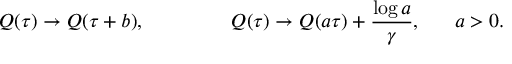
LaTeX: Q ( \tau ) \rightarrow Q ( \tau + b ) , ~ ~ ~ ~ ~ ~ ~ ~ ~ ~ ~ ~ ~ Q ( \tau ) \rightarrow Q ( a \tau ) + \frac { \log a } { \gamma } , ~ ~ ~ ~ ~ a > 0 .